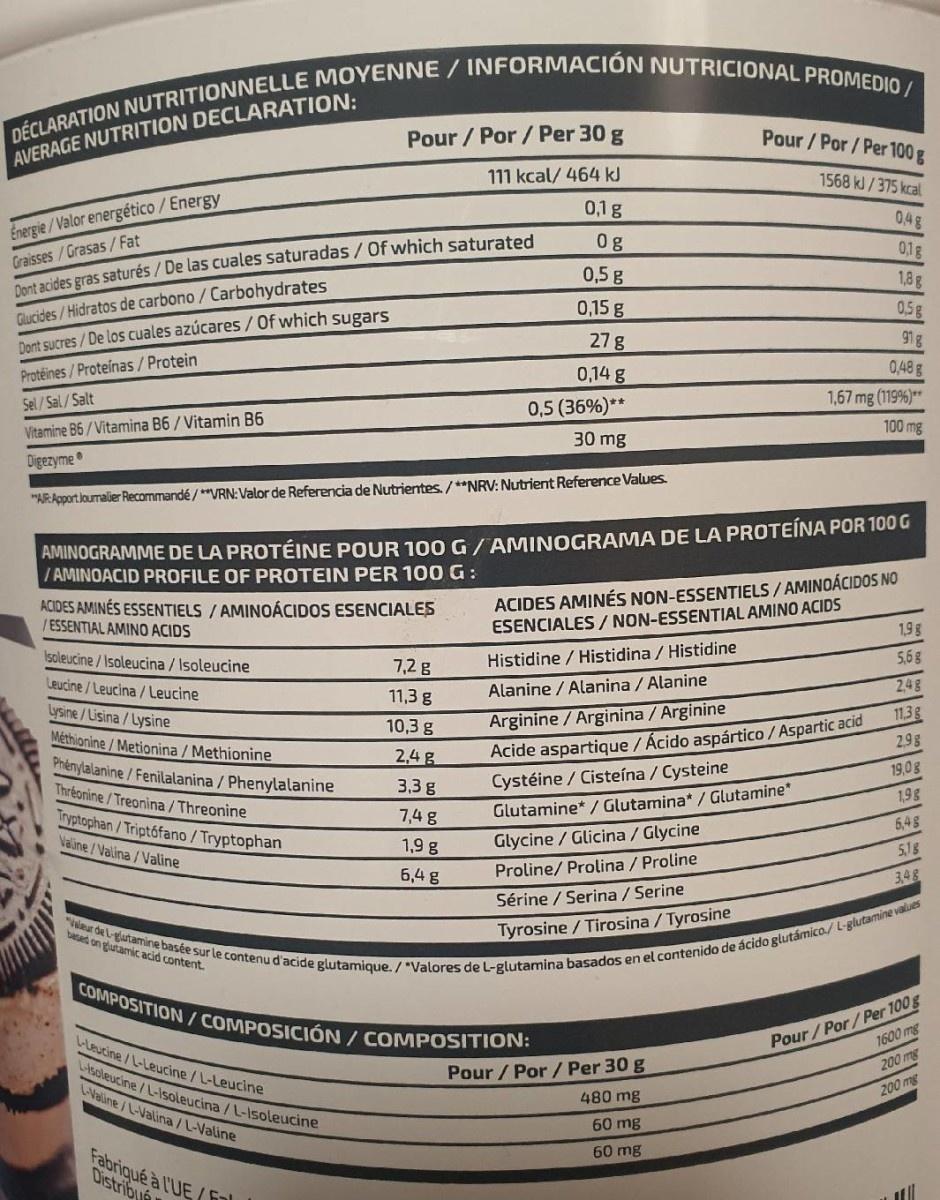
DÉCLARATION NUTRITIONNELLE MOYENNE/ INFORMACIÓN NUTRICIONAL PROMEDIO/
Pour/Por/ Per 30 g
Pour /Por /Per 100 g
AVERAGE NUTRITION DECLARATION:
111 kcal/ 464 kJ
1568 kJ/375 kcal
0,1g
0,4g
Energie/Valor energético/Energy
Graisses/Grasas/ Fat Dont acides gras saturés / De las cuales saturadas /Of which saturated
0g
0,1g
0,5 g
1,8g
Glucides/ Hidratos de carbono / Carbohydrates Dont sucres / De los cuales azúcares/Of which sugars
0,15 g
0,5g
27 g
91g
Protéines/ Proteínas/Protein
0,14 g
0,48g
1,67 mg (119%)**
Sel/Sal/Salt
0,5 (36%)**
Vitamine B6 / Vitamina B6 / Vitamin B6
100 mg
30 mg
Digezyme
"ARApportloumalier Recommandé/**VRN:Valor de Referencia de Nutrientes./**NRV: Nutrient Reference Values.
AMINOGRAMME DE LA PROTÉINE POUR 10OG/AMINOGRAMA DE LA PROTEINA POR 100 G / AMINOACID PROFILE OF PROTEIN PER 100 G:
ACIDES AMINÉS ESSENTIELS / AMINOÁCIDOS ESENCIALES /ESSENTIAL AMINO ACIDS
ACIDES AMINÉS NON-ESSENTIELS / AMINOÁCIDOS NO ESENCIALES/ NON-ESSENTIAL AMINO ACIDS
1,9g
Isoleucine / Isoleucina / Isoleucine
Histidine / Histidina / Histidine
5,6g
? 2ר
Leucine/Leucina / Leucine
Alanine / Alanina / Alanine
248
11,3 g
Lysine/Lisina/Lysine
Arginine /Arginina / Arginine
11,3g
10,3 g
Méthionine/Metionina / Methionine Phénylalanine / Fenilalanina / Phenylalanine Thréonine /Treonina / Threonine
2,9g
2,4 g
Acide aspartique / Ácido aspártico / Aspartic acid
19,0g
3,3 g
Cystéine / Cisteína / Cysteine
1,9g
Glutamine* / Glutamina* / Glutamine"
Iryptophan/Triptófano / Tryptophan Valine / Valina /Valine
7,4 g
6,4g
1,9 g
Glycine / Glicina / Glycine
5,1g
6,4 g
Proline/ Prolina / Proline
3,48
Sérine / Serina / Serine
"eur de l-glastamine basée sur le contenu d'acide glutamique. / "Valores de L-glutamina basados en el contenido de ácido glutámico/ L-glutamine values COMPOSITION / COMPOSICIÓN / COMPOSITION:
based on glutamic acid content.
Tyrosine /Tirosina / Tyrosine
Pour / Por/Per 100g 1600 mg
Leucine /L-Leucine / L-Leucine
200 mg
soleucine /L-Isoleucina / L-Isoleucine -Valine/L-Valina /L-Valine
Pour / Por / Per 30 g
480 mg
200 mg
60 mg
60 mg
Fabriqué à l'UE ( fnl Distriby